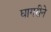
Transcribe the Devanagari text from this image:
घागरीने